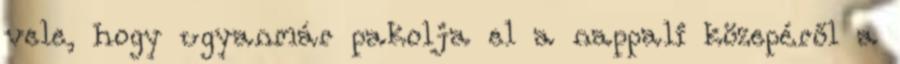
vele, hogy ugyanmár pakolja el a nappali közepéről a